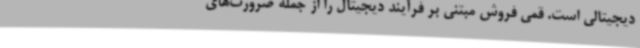
دیجیتالی است. قمی فروش مبتنی بر فرآیند دیجیتال را از جمله ضرورت‌های